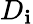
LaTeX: D_{\mathbf{i}}